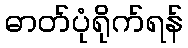
ဓာတ်ပုံရိုက်ရန်